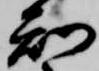
知